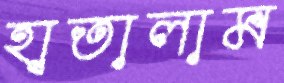
হাতালাম